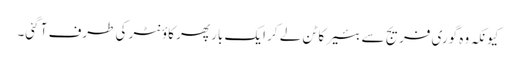
کیونکہ وہ گوری فریج سے بئیر کا ٹن لے کر ایک بار پھر کاؤنٹر کی طرف آ گئی۔